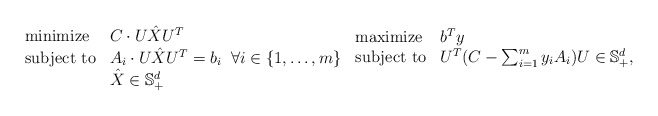
\begin{align*} \begin{array}{lll}\mbox{\rm minimize} & C \cdot U \hat{X}U^T \\ \mbox{\rm subject to} & A_i \cdot U \hat{X}U^T = b_i \;\; \forall i \in \{1,\ldots,m\} \\& \hat{X} \in \mathbb{S}^d_{+}\end{array} \begin{array}{lll}\mbox{\rm maximize} & b^Ty \\ \mbox{\rm subject to} & U^T (C - \sum^{m}_{i=1} y_i A_i) U \in \mathbb{S}^d_{+}, \\ \\\end{array} \end{align*}